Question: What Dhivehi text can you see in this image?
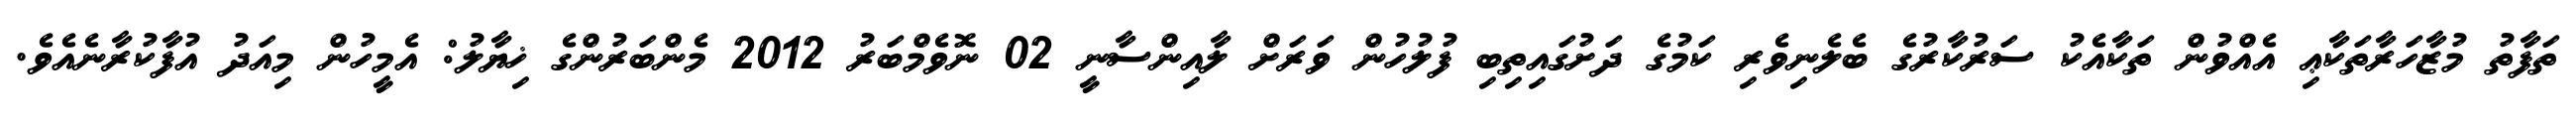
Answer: ތަފާތު މުޒާހަރާތަކާޢި އެއްވުން ތަކާއެކު ސަރުކާރުގެ ބެލެނިވެރި ކަމުގެ ދަށުގައިތިބި ފުލުހުން ވަރަށް ލާއިންސާނީ 02 ނޮވެމްބަރު 2012 މެންބަރުންގެ ޚިޔާލު: އެމީހުން މިއަދު އުފާކުރާނެއެވެ.